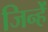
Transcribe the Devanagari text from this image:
जिन्हेें